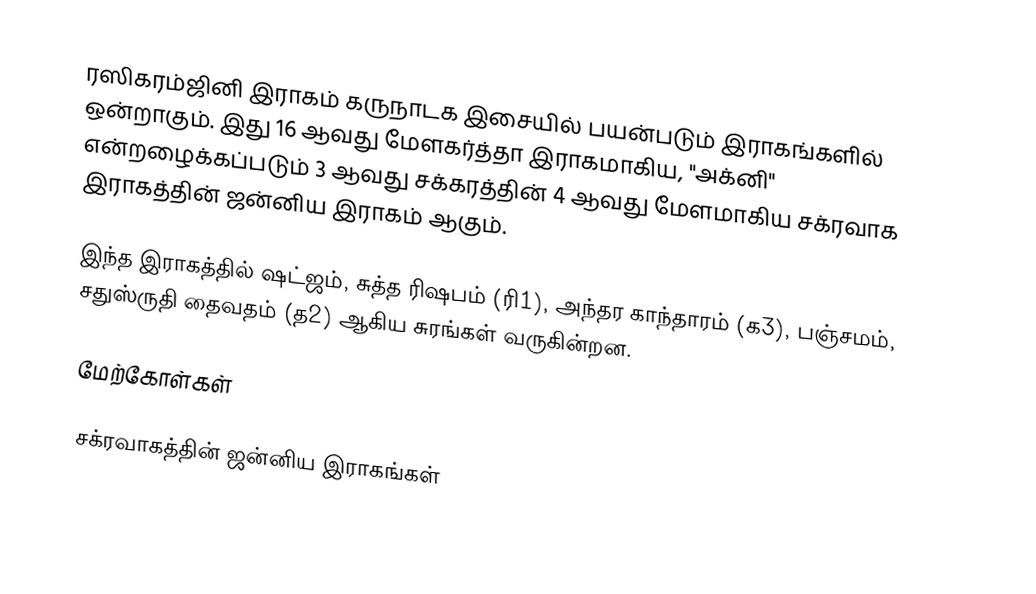
ரஸிகரம்ஜினி இராகம் கருநாடக இசையில் பயன்படும் இராகங்களில் ஒன்றாகும். இது 16 ஆவது மேளகர்த்தா இராகமாகிய, "அக்னி" என்றழைக்கப்படும் 3 ஆவது சக்கரத்தின் 4 ஆவது மேளமாகிய சக்ரவாக இராகத்தின் ஜன்னிய இராகம் ஆகும்.

இந்த இராகத்தில் ஷட்ஜம், சுத்த ரிஷபம் (ரி1), அந்தர காந்தாரம் (க3), பஞ்சமம், சதுஸ்ருதி தைவதம் (த2) ஆகிய சுரங்கள் வருகின்றன.

மேற்கோள்கள்

சக்ரவாகத்தின் ஜன்னிய இராகங்கள்